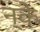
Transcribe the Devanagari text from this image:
न्के